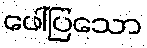
ဖေါ်ပြသော